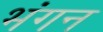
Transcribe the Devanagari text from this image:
भंगन